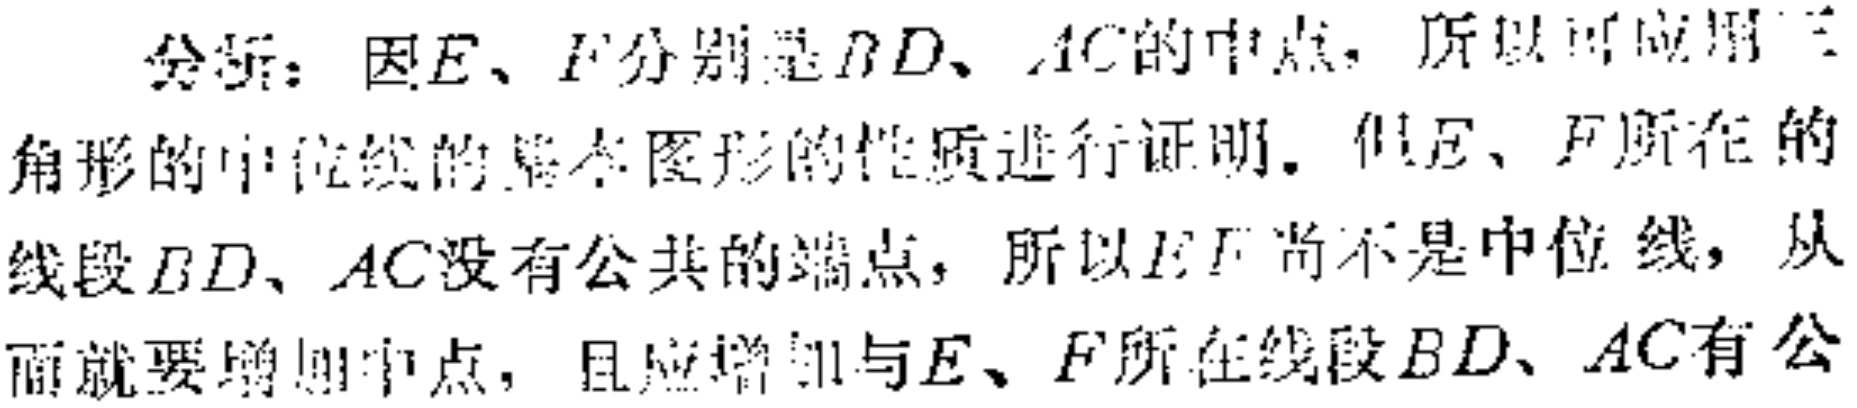
分析：因\(E\)、\(F\)分别是\(BD\)、\(AC\)的中点，所以可应用三角形的中位线的基本图形的性质进行证明。但\(E\)、\(F\)所在的线段\(BD\)、\(AC\)没有公共的端点，所以\(EF\)尚不是中位线，从而就要增加中点，且应增加与\(E\)、\(F\)所在线段\(BD\)、\(AC\)有公